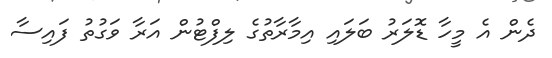
ދެން އެ މީހާ ޑޮލަރު ބަލައި އިމާރާތުގެ ލިފްޓުން އަރާ ވަގުތު ފައިސާ